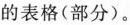
的表格(部分)。